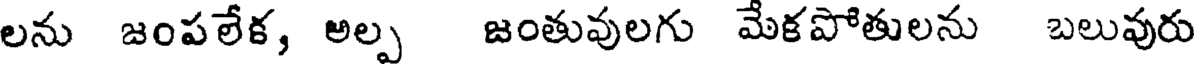
లను జంపలేక, అల్ప జంతువులగు మేకపోతులను బలువురు